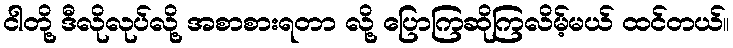
ငါတို့ ဒီလိုလုပ်လို့ အစာစားရတာ လို့ ပြောကြဆိုကြလိမ့်မယ် ထင်တယ်။